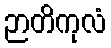
ဉာတိကုလံ